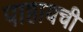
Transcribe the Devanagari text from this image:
पाहायची